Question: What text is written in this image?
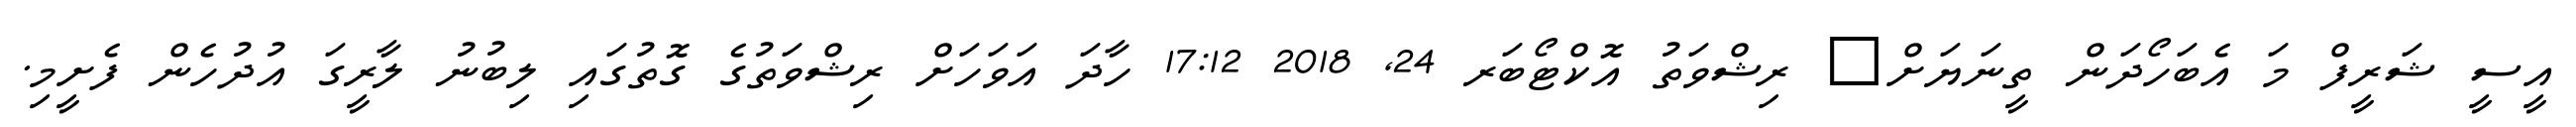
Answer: އީސީ ޝަރީފް މަ އެބަހޯދަން ތީނަޔަށް? ރިޝްވަތު އޮކްޓޯބަރ 24, 2018 17:12 ހާދަ އަވަހަށް ރިޝްވަތުގެ ގޮތުގައި ލިބުނު ލާރީގަ އުދުހެން ފެށީމި.